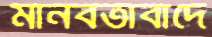
মানবতাবাদে